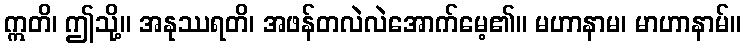
ဣတိ၊ ဤသို့။ အနုဿရတိ၊ အဖန်တလဲလဲအောက်မေ့၏။ မဟာနာမ၊ မာဟာနာမ်။